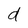
Character: d